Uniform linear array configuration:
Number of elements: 16
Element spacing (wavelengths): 1
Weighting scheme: hann
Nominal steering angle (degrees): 60
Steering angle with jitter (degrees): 58.995
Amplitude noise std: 0.05
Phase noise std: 0.05

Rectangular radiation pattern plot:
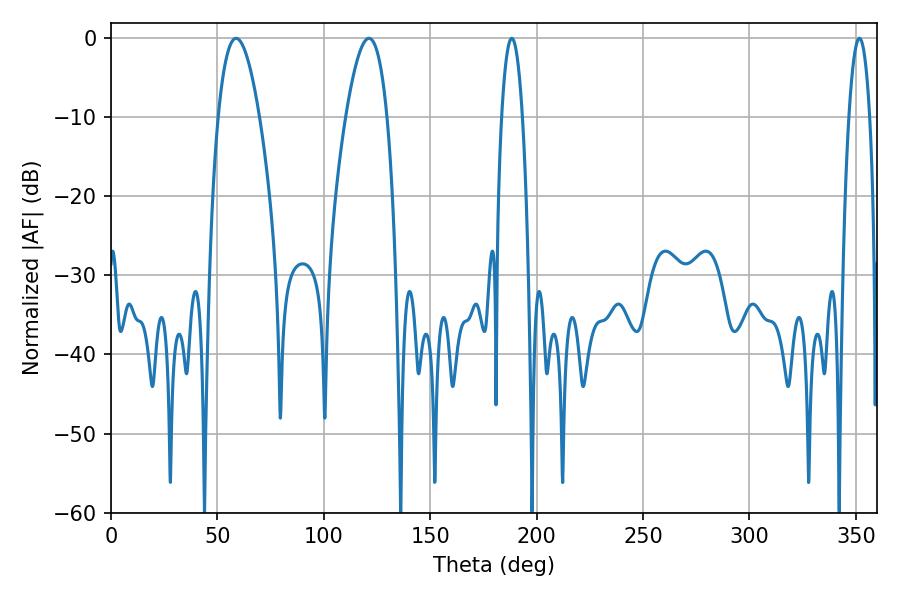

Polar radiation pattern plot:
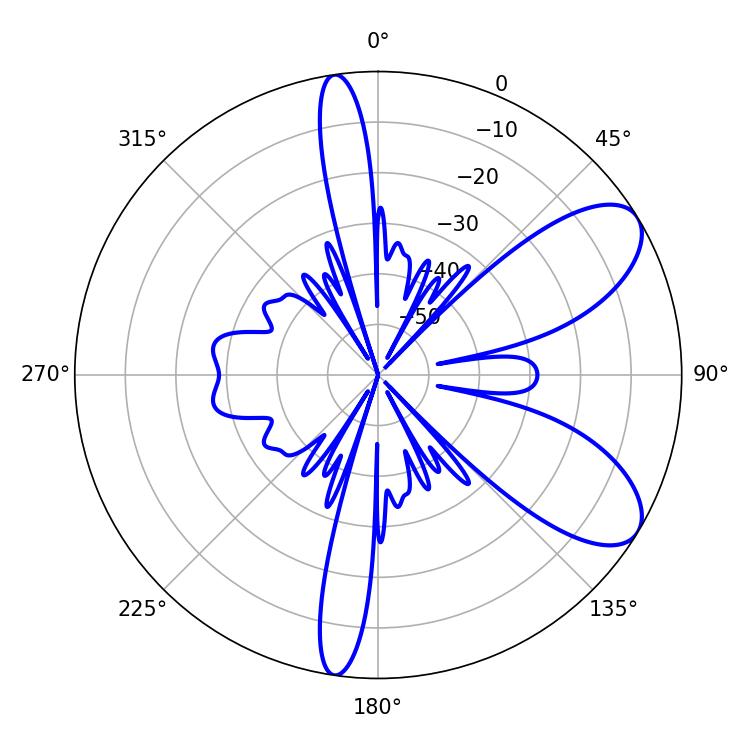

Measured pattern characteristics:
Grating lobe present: TRUE
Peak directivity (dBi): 8.063
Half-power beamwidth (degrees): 10.62
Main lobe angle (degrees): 58.86